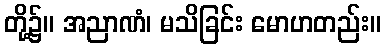
တို့၌။ အညာဏံ၊ မသိခြင်း မောဟတည်း။